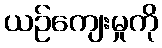
ယဉ်ကျေးမှုကို